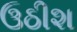
ઉઠીશ